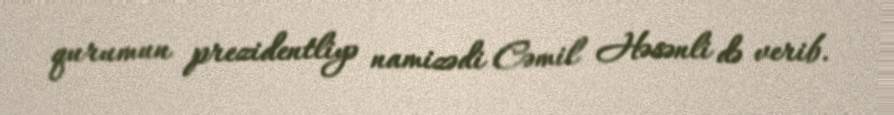
qurumun prezidentliyə namizədi Cəmil Həsənli də verib.